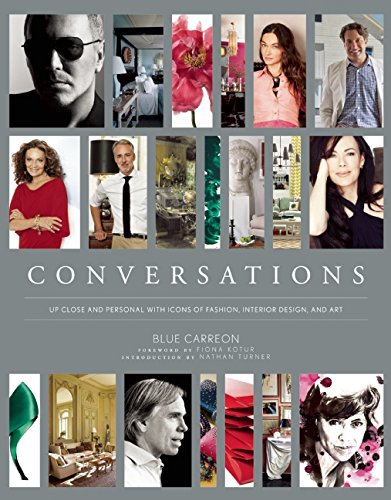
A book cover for Conversations: Up Close and Personal with Icons of Fashion, Interior Design, and Art; Blue Carreon; Reference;